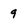
Character: 9